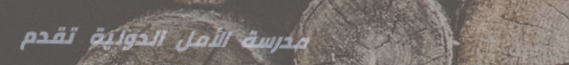
مدرسة الأمل الدولية تقدم